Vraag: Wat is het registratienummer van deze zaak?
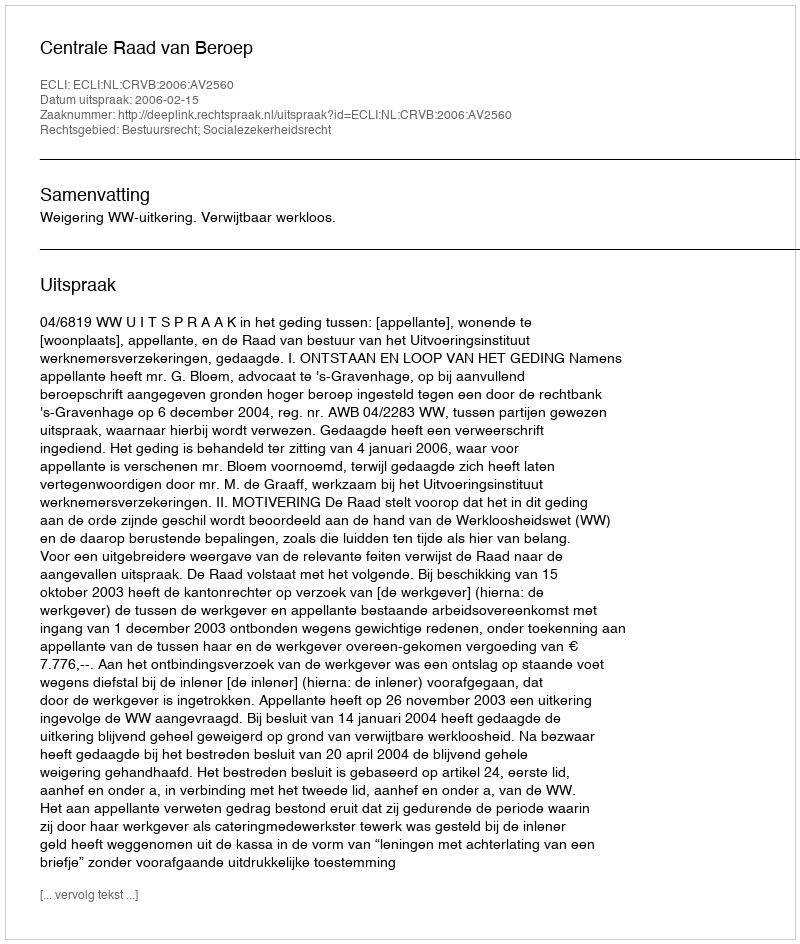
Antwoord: http://deeplink.rechtspraak.nl/uitspraak?id=ECLI:NL:CRVB:2006:AV2560